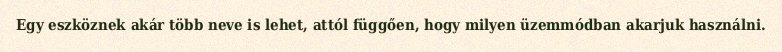
Egy eszköznek akár több neve is lehet, attól függően, hogy milyen üzemmódban akarjuk használni.